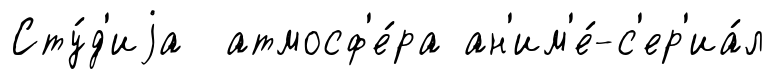
Сту́д'иjа атмосф'е́ра ан'им'е́-с'ер'иа́л